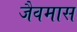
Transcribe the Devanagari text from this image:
जैवमास